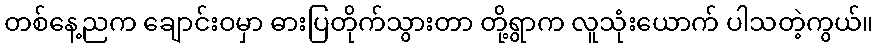
တစ်နေ့ညက ချောင်းဝမှာ ဓားပြတိုက်သွားတာ တို့ရွာက လူသုံးယောက် ပါသတဲ့ကွယ်။